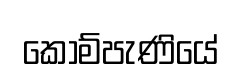
කොම්පැණියේ